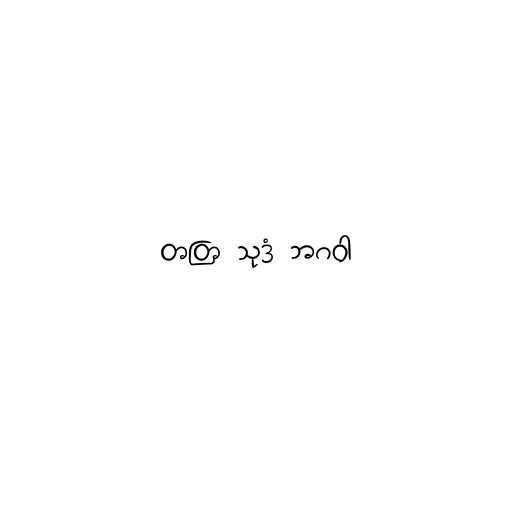
တတြ သုဒံ ဘဂဝါ